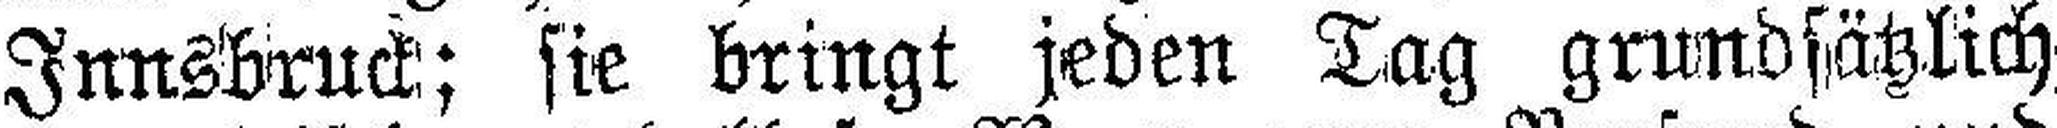
Innsbruck; sie bringt jeden Tag grundsätzlich